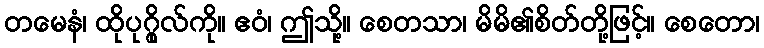
တမေနံ၊ ထိုပုဂ္ဂိုလ်ကို။ ဧဝံ၊ ဤသို့။ စေတသာ၊ မိမိ၏စိတ်တို့ဖြင့်။ စေတော၊